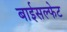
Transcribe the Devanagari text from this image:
बाईसल्फेट